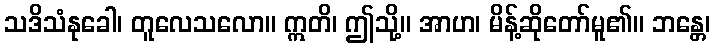
သဒိသံနုခေါ၊ တူလေသလော။ ဣတိ၊ ဤသို့။ အာဟ၊ မိန့်ဆိုတော်မူ၏။ ဘန္တေ၊